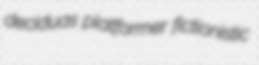
deciduas platformer fictionistic